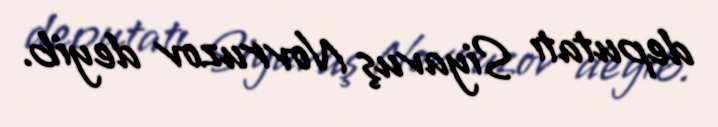
deputatı Siyavuş Novruzov deyib.